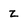
Character: z